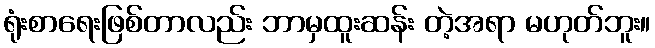
ရုံးစာရေးဖြစ်တာလည်း ဘာမှထူးဆန်း တဲ့အရာ မဟုတ်ဘူး။